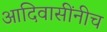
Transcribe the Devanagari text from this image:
आदिवासींनीच